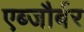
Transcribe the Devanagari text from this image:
एब्जौर्बर